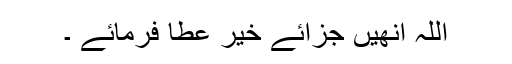
اللہ انھیں جزائے خیر عطا فرمائے ۔